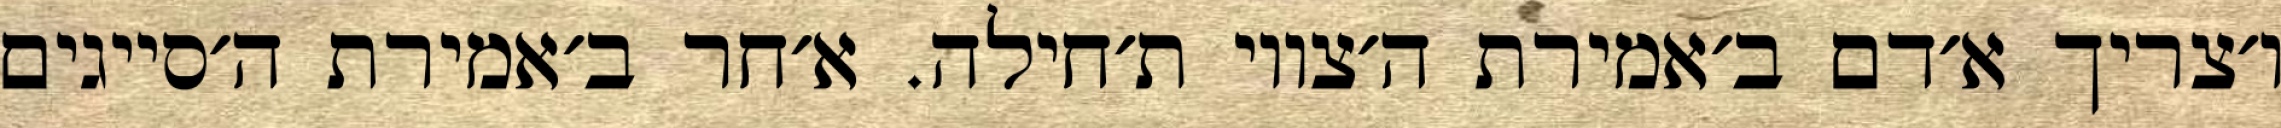
ו׳צריך א׳דם ב׳אמירת ה׳צווי ת׳חילה. א׳חר ב׳אמירת ה׳סייגים